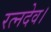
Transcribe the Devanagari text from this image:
रत्नदेव।